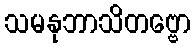
သမနုဘာသိတဗ္ဗော